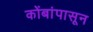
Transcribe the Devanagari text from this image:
कोंबांपासून